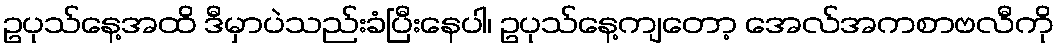
ဥပုသ်နေ့အထိ ဒီမှာပဲသည်းခံပြီးနေပါ၊ ဥပုသ်နေ့ကျတော့ အေလ်အကစာဗလီကို